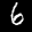
Label: 6